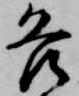
各